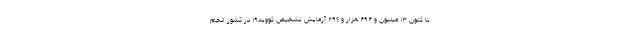
تا کنون ۱۳ میلیون و ۴۹۴ هزار و ۲۹۶ آزمایش تشخیص کووید۱۹ در کشور انجام